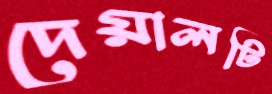
দেয়ালটি